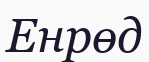
Енрөд